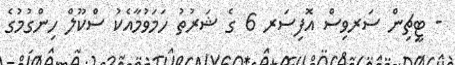
- ޓީޗިން ސަރވިސް އޮފިސަރ 6 ގެ ޝަރުތު ހަމަވުމާއެކު ސްކޫލް ހިންގުމުގެ